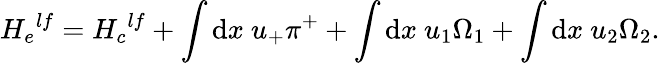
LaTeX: {H_{e}}^{lf}={H_{c}}^{lf}+\int\mathrm{d}x~u_{+}\pi^{+}+\int\mathrm{d}x~u_{1}\Omega_{1}+\int\mathrm{d}x~u_{2}\Omega_{2}.